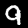
Label: 9